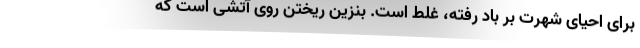
برای احیای شهرت بر باد رفته، غلط است. بنزین ریختن روی آتشی است که